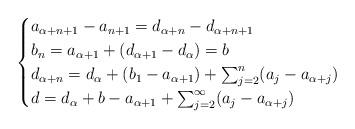
LaTeX: \begin{align*}\begin{cases}a_{\alpha + n +1} - a_{n+1} = d_{\alpha + n} - d_{\alpha + n +1} \\b_n = a_{\alpha + 1} + (d_{\alpha + 1} - d_\alpha) = b \\d_{\alpha + n} = d_\alpha + (b_1 - a_{\alpha+1}) + \sum_{j=2}^n (a_j - a_{\alpha + j}) \\d = d_\alpha + b - a_{\alpha + 1} + \sum_{j=2}^\infty (a_j - a_{\alpha+j})\end{cases} \ \end{align*}